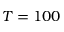
T = 1 0 0